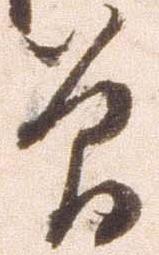
曽